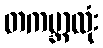
တကမ္ဘာလုံး